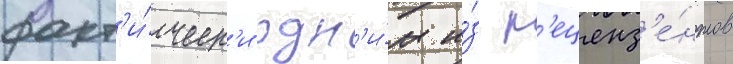
факт'и́ческ'и одн'и́м и́з р'еценз'е́нтов